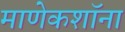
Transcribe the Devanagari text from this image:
माणेकशॉना